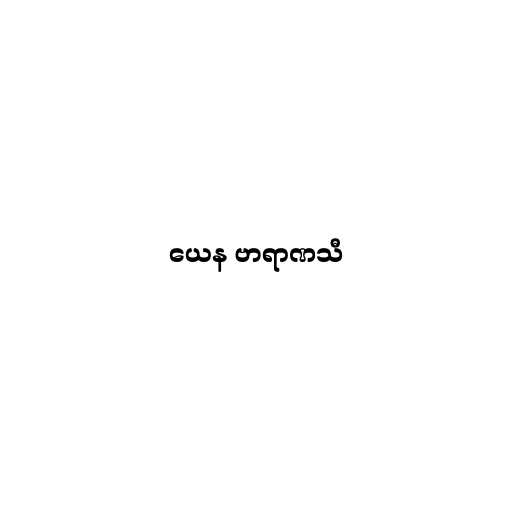
ယေန ဗာရာဏသီ